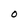
Character: O